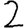
Digit: 2